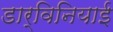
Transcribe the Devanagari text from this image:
डार्विनियाई